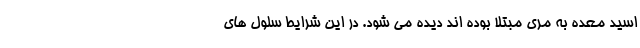
اسید معده به مری مبتلا بوده اند دیده می شود. در این شرایط سلول های